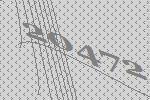
20472